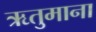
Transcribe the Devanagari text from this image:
ऋतुमाना